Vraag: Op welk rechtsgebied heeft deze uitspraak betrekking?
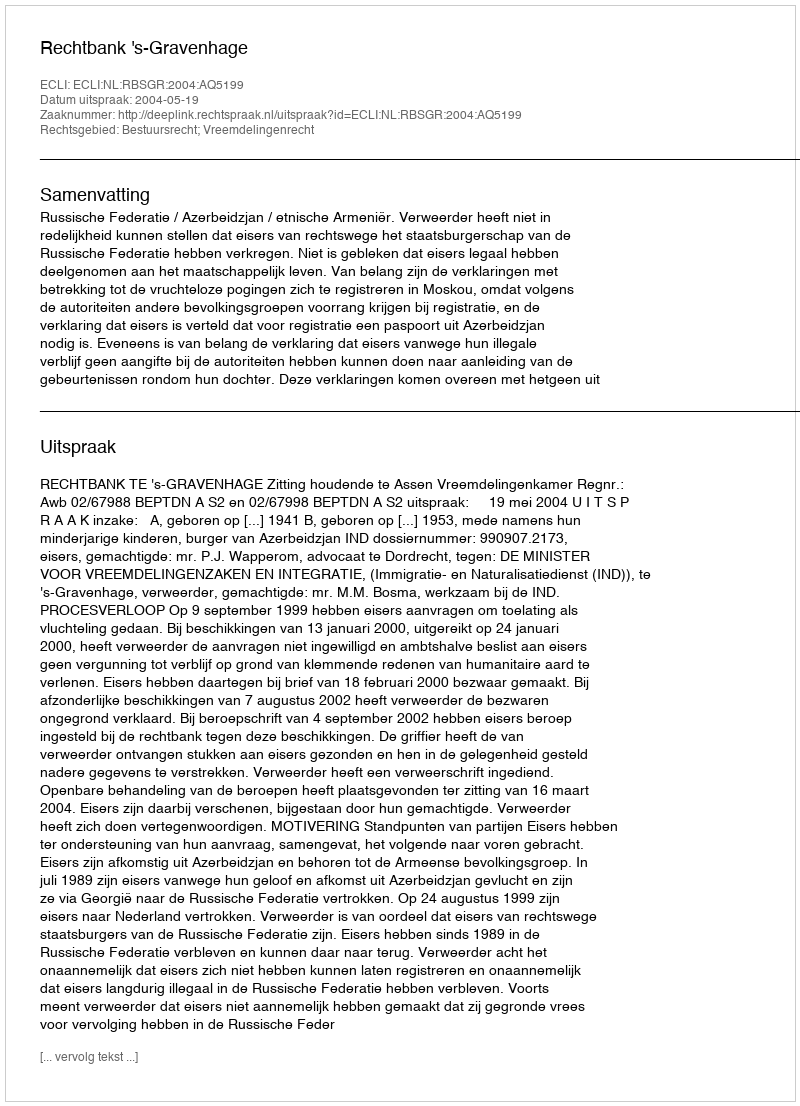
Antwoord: Bestuursrecht; Vreemdelingenrecht